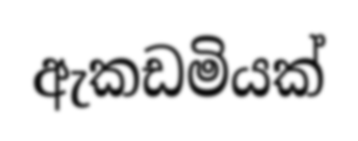
ඇකඩමියක්